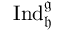
\operatorname { I n d } _ { \mathfrak { h } } ^ { \mathfrak { g } }